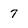
Character: 7